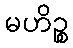
မဟိဉ္စ